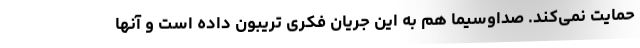
حمایت نمی‌کند. صداوسیما هم به این جریان فکری تریبون داده است و آنها